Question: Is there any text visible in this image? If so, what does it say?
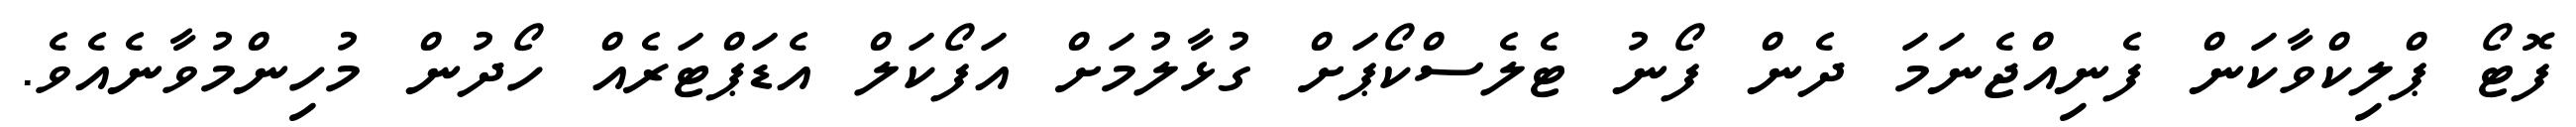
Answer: ފޮޓޯ ޕްލިކްވާކަން ފެނިއްޖެނަމަ ދެން ފޯނު ޓެލެސްކޯޕަށް ގުޅާލުމަށް އަފޯކަލް އެޑަޕްޓަރެއް ހޯދުން މުހިންމުވާނެއެވެ.